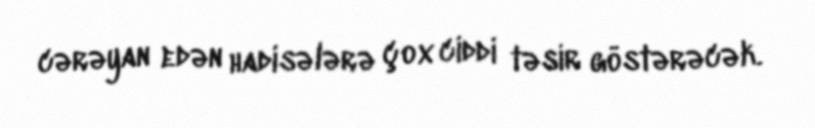
cərəyan edən hadisələrə çox ciddi təsir göstərəcək.